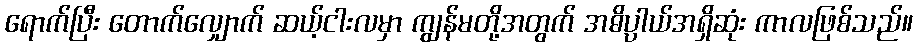
ရောက်ပြီး တောက်လျှောက် ဆယ့်ငါးလမှာ ကျွန်မတို့အတွက် အဓိပ္ပာယ်အရှိဆုံး ကာလဖြစ်သည်။